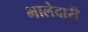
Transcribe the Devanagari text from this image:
भालेदारी